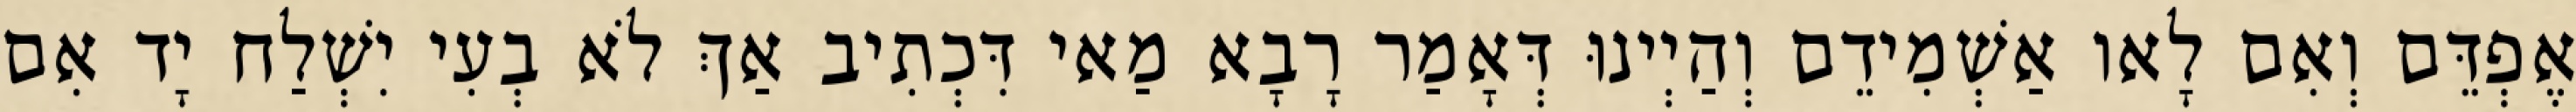
אֶפְדֵּם וְאִם לָאו אַשְׁמִידֵם וְהַיְינוּ דְּאָמַר רָבָא מַאי דִּכְתִיב אַךְ לֹא בְעִי יִשְׁלַח יָד אִם